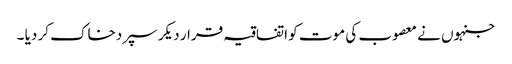
جنہوں نے معصوب کی موت کو اتفاقیہ قرار دیکر سپردخاک کر دیا ۔